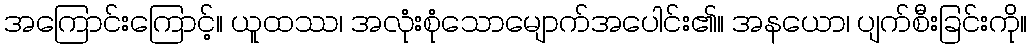
အကြောင်းကြောင့်။ ယူထဿ၊ အလုံးစုံသောမျောက်အပေါင်း၏။ အနယော၊ ပျက်စီးခြင်းကို။